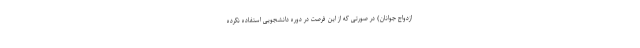
ازدواج جوانان) در صورتی که از این فرصت در دوره دانشجویی استفاده نکرده